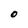
Character: O